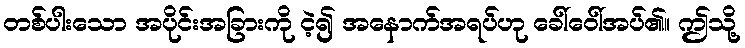
တစ်ပါးသော အပိုင်းအခြားကို ငဲ့၍ အနောက်အရပ်ဟု ခေါ်ဝေါ်အပ်၏။ ဤသို့